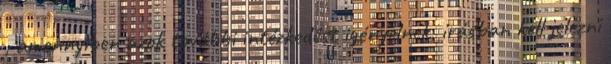
, amennyiben azok további intézkedést igényelnek, írásban kell jelezni